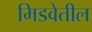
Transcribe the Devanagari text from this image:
मिडवेतील